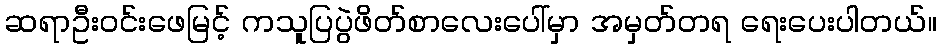
ဆရာဦးဝင်းဖေမြင့် ကသူပြပွဲဖိတ်စာလေးပေါ်မှာ အမှတ်တရ ရေးပေးပါတယ်။